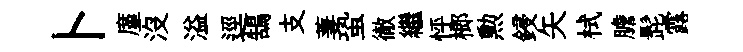
卜廑沒溢逕鵠支萋蛩徹繼怦榔勲鋟矢栻膽髭露